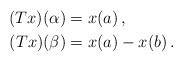
LaTeX: \begin{align*}(Tx)(\alpha) & = x(a)\,,\\(Tx)(\beta) & = x(a)-x(b)\,.\end{align*}